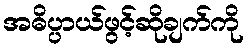
အဓိပ္ပာယ်ဖွင့်ဆိုချက်ကို